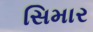
સિમાર